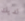
لديك